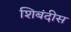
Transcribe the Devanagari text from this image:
शिबंदीस